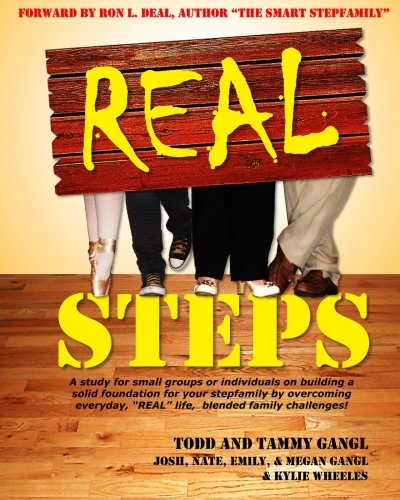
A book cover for Real Steps; Todd Gangl; Parenting & Relationships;